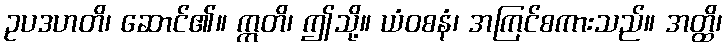
ဥပဒဟတိ၊ ဆောင်၏။ ဣတိ၊ ဤသို့။ ယံဝစနံ၊ အကြင်စကားသည်။ အတ္ထိ၊